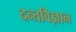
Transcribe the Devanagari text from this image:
दन्तविज्ञान